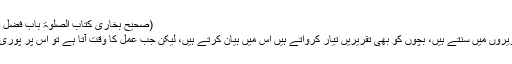
(صحیح بخاری کتاب الصلوٰۃ باب فضل صلاۃ الجماعۃ حدیث: 645)
ہم درسوں میں سنتے ہیں، تقریروں میں سنتے ہیں، بچوں کو بھی تقریریں تیار کرواتے ہیں اُس میں بیان کرتے ہیں، لیکن جب عمل کا وقت آتا ہے تو اُس پر پوری توجہ نہیں دی جا رہی ہوتی۔